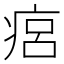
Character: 㾔